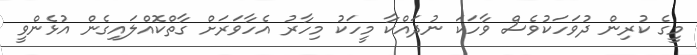
މީގެ ކުރިން ދުވަހަކުވެސް ވާހަކަ ނުދައްކާ މީހަކު މިހާރު އެހާވަރަށް ގާތްކޮއްލައިގެން އުޅެންވީ